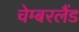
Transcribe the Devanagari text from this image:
चेम्बरलैंड